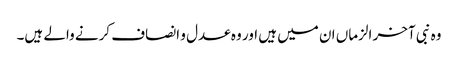
وہ نبی آخر الزماں ان میں ہیں اور وہ عدل و انصاف کرنے والے ہیں۔